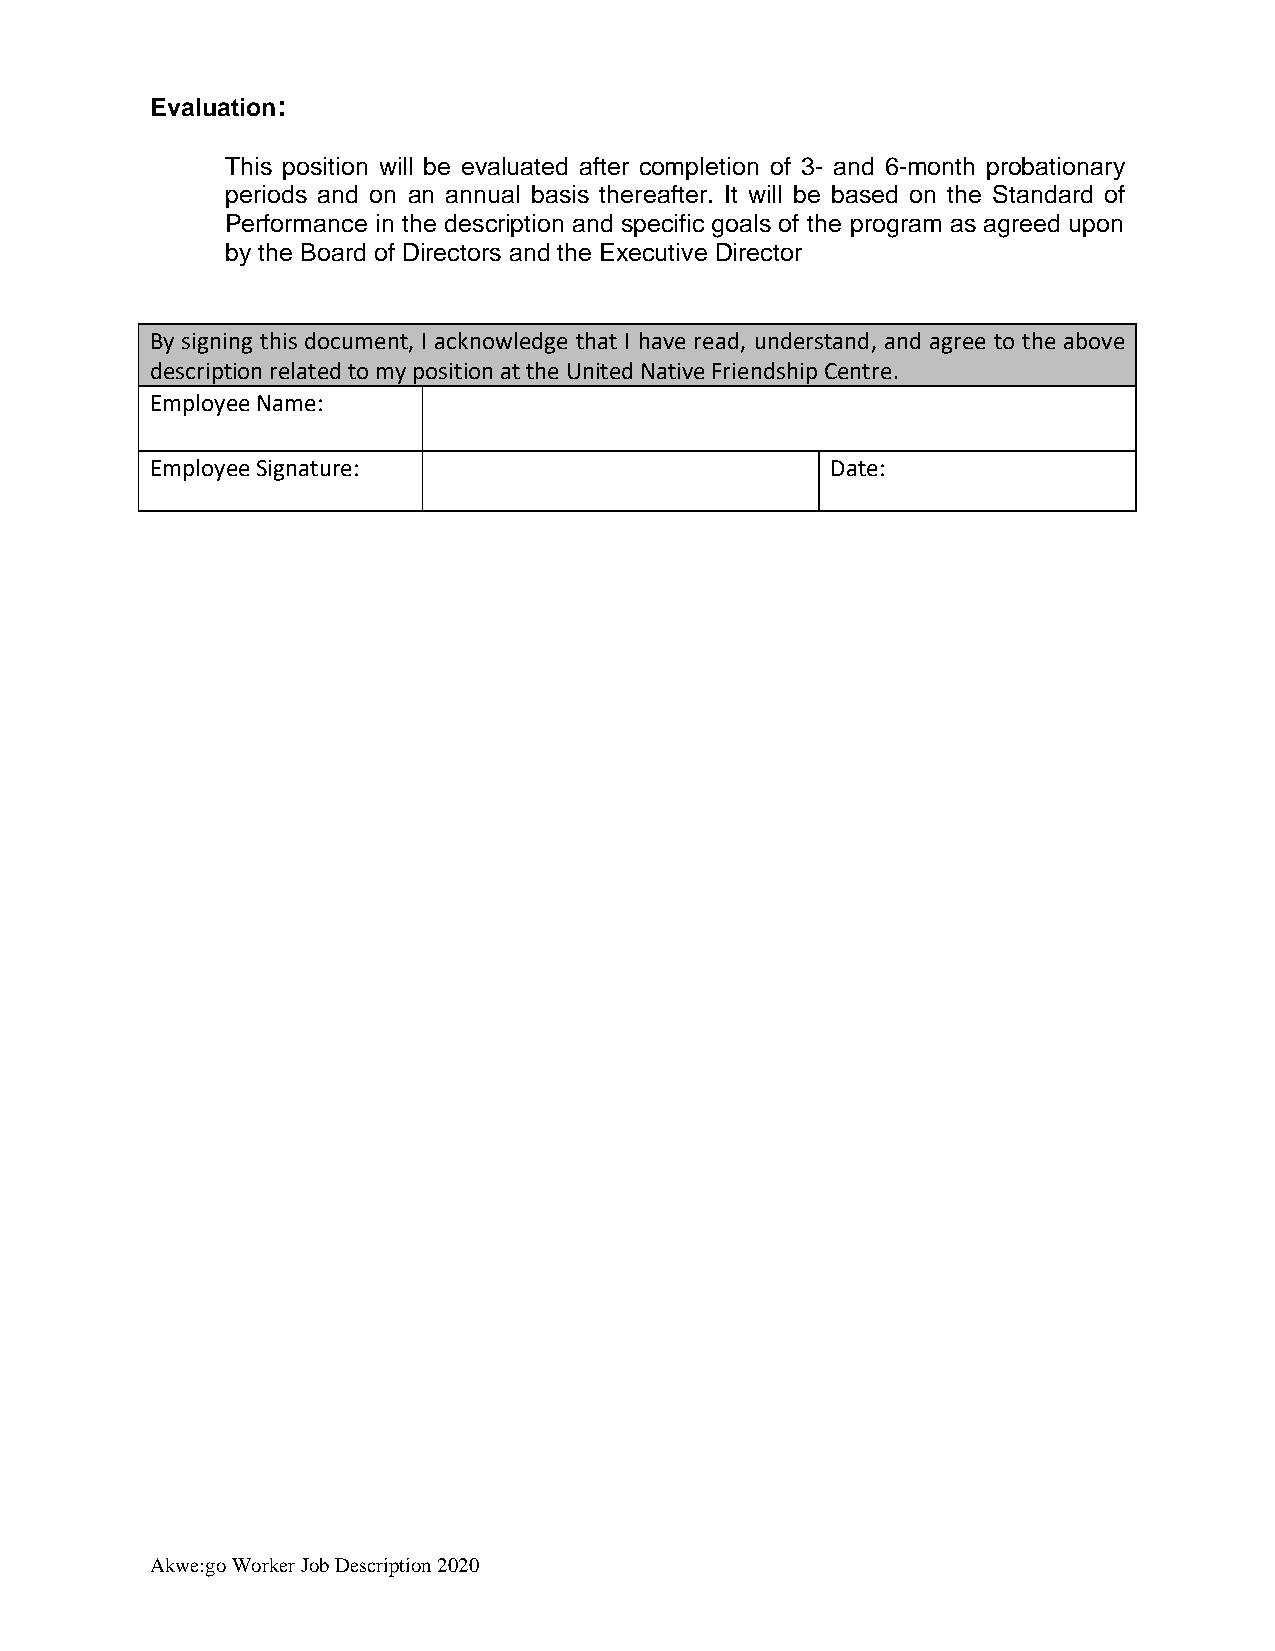
Evaluation:
 This position will be evaluated after completion of 3- and 6-month probationary
 periods and on an annual basis thereafter. It will be based on the Standard of
 Performance in the description and specific goals of the program as agreed upon
 by the Board of Directors and the Executive Director
 By signing this document, I acknowledge that I have read, understand, and agree to the above
 description related to my position at the United Native Friendship Centre.
 Employee Name:
 Employee Signature:                          Date:
 Akwe:go Worker Job Description 2020